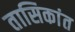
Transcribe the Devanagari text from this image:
तासिकांत